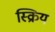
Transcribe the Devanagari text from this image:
स्क्रिय